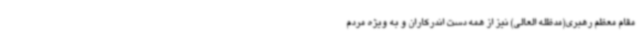
مقام معظم رهبری(مدظله العالی) نیز از همه دست اندرکاران و به ویژه مردم